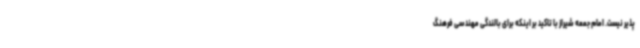
پذیر نیست. امام جمعه شیراز با تاکید بر اینکه برای بالندگی مهندسی فرهنگ